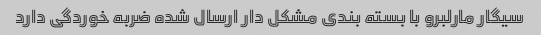
سیگار مارلبرو با بسته بندی مشکل دار ارسال شده ضربه خوردگی دارد